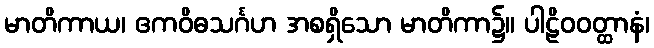
မာတိကာယ၊ ဧကဝိဓသင်္ဂဟ အစရှိသော မာတိကာ၌။ ပါဠိဝဝတ္ထာနံ၊